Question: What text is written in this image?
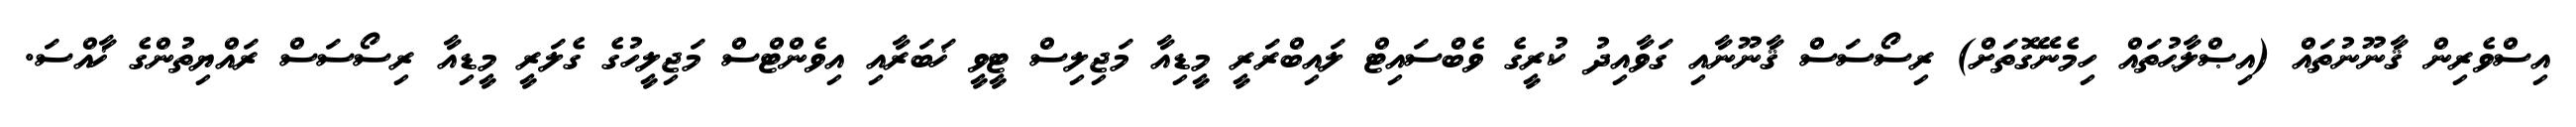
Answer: އިސްވެރިން ޤާނޫނުތައް (އިޞްލާޙުތައް ހިމެނޭގޮތަށް) ރިސޯސަސް ޤާނޫނާއި ގަވާއިދު ކުރީގެ ވެބްސައިޓް ލައިބްރަރީ މީޑިއާ މަޖިލިސް ޓީވީ ޚަބަރާއި އިވެންޓްސް މަޖިލީހުގެ ގެލަރީ މީޑިއާ ރިސޯސަސް ރައްޔިތުންގެ ޚާއްސަ.